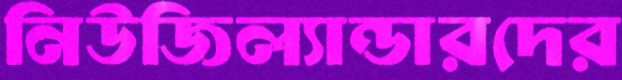
নিউজিল্যান্ডারদের